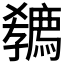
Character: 𡦭